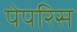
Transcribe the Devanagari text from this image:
पेपरिस